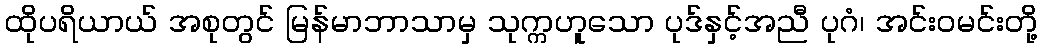
ထိုပရိယာယ် အစုတွင် မြန်မာဘာသာမှ သုက္ကဟူသော ပုဒ်နှင့်အညီ ပုဂံ၊ အင်းဝမင်းတို့